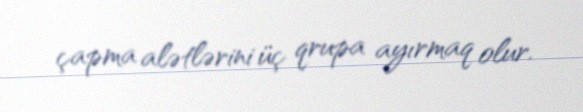
çapma alətlərini üç qrupa ayırmaq olur.